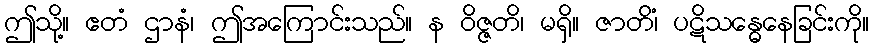
ဤသို့။ ဧတံ ဌာနံ၊ ဤအကြောင်းသည်။ န ဝိဇ္ဇတိ၊ မရှိ။ ဇာတိံ၊ ပဋိသန္ဓေနေခြင်းကို။